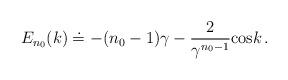
LaTeX: \begin{align*}E_{n_0}(k) \doteq -(n_0-1)\gamma - {2 \over \gamma\sp {n_0 -1}}{\rm cos}k\,.\end{align*}